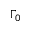
\Gamma _ { 0 }